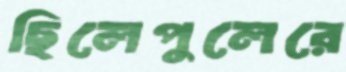
ছিলেপুলেরে